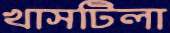
খাসটিলা